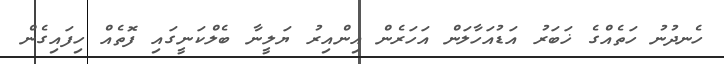
ހެނދުނު ހަތެއްގެ ޚަބަރު އަޑުއަހާލަން އަހަރެން އިންއިރު ޔަލީނާ ބެލްކަނީގައި ފޮތެއް ހިފައިގެން